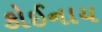
કોઈનાય